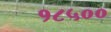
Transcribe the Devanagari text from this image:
१८५००